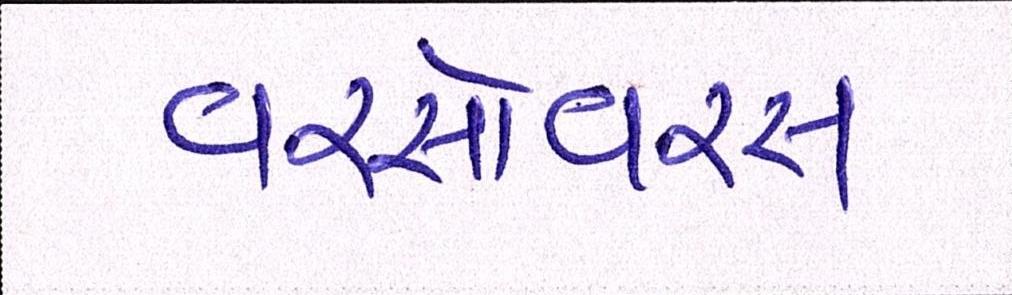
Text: વરસોવરસ